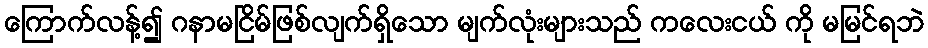
ကြောက်လန့်၍ ဂနာမငြိမ်ဖြစ်လျက်ရှိသော မျက်လုံးများသည် ကလေးငယ် ကို မမြင်ရဘဲ